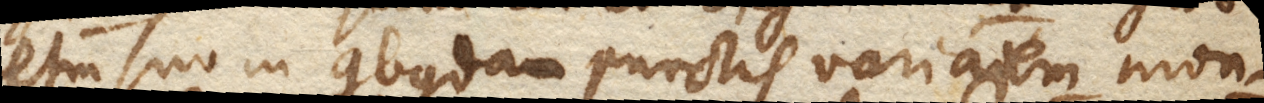
etiam suo in quibusdam punctis variationem mon–